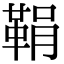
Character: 鞙